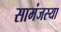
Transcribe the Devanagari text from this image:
सामंजस्या